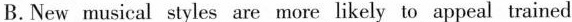
B.New musical styles are more likely to appeal trained